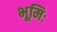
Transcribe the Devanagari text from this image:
भूमिः